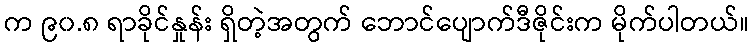
က ၉၀.၈ ရာခိုင်နှုန်း ရှိတဲ့အတွက် ဘောင်ပျောက်ဒီဇိုင်းက မိုက်ပါတယ်။